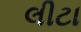
લીટા